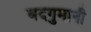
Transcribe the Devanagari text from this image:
बदगुमानी